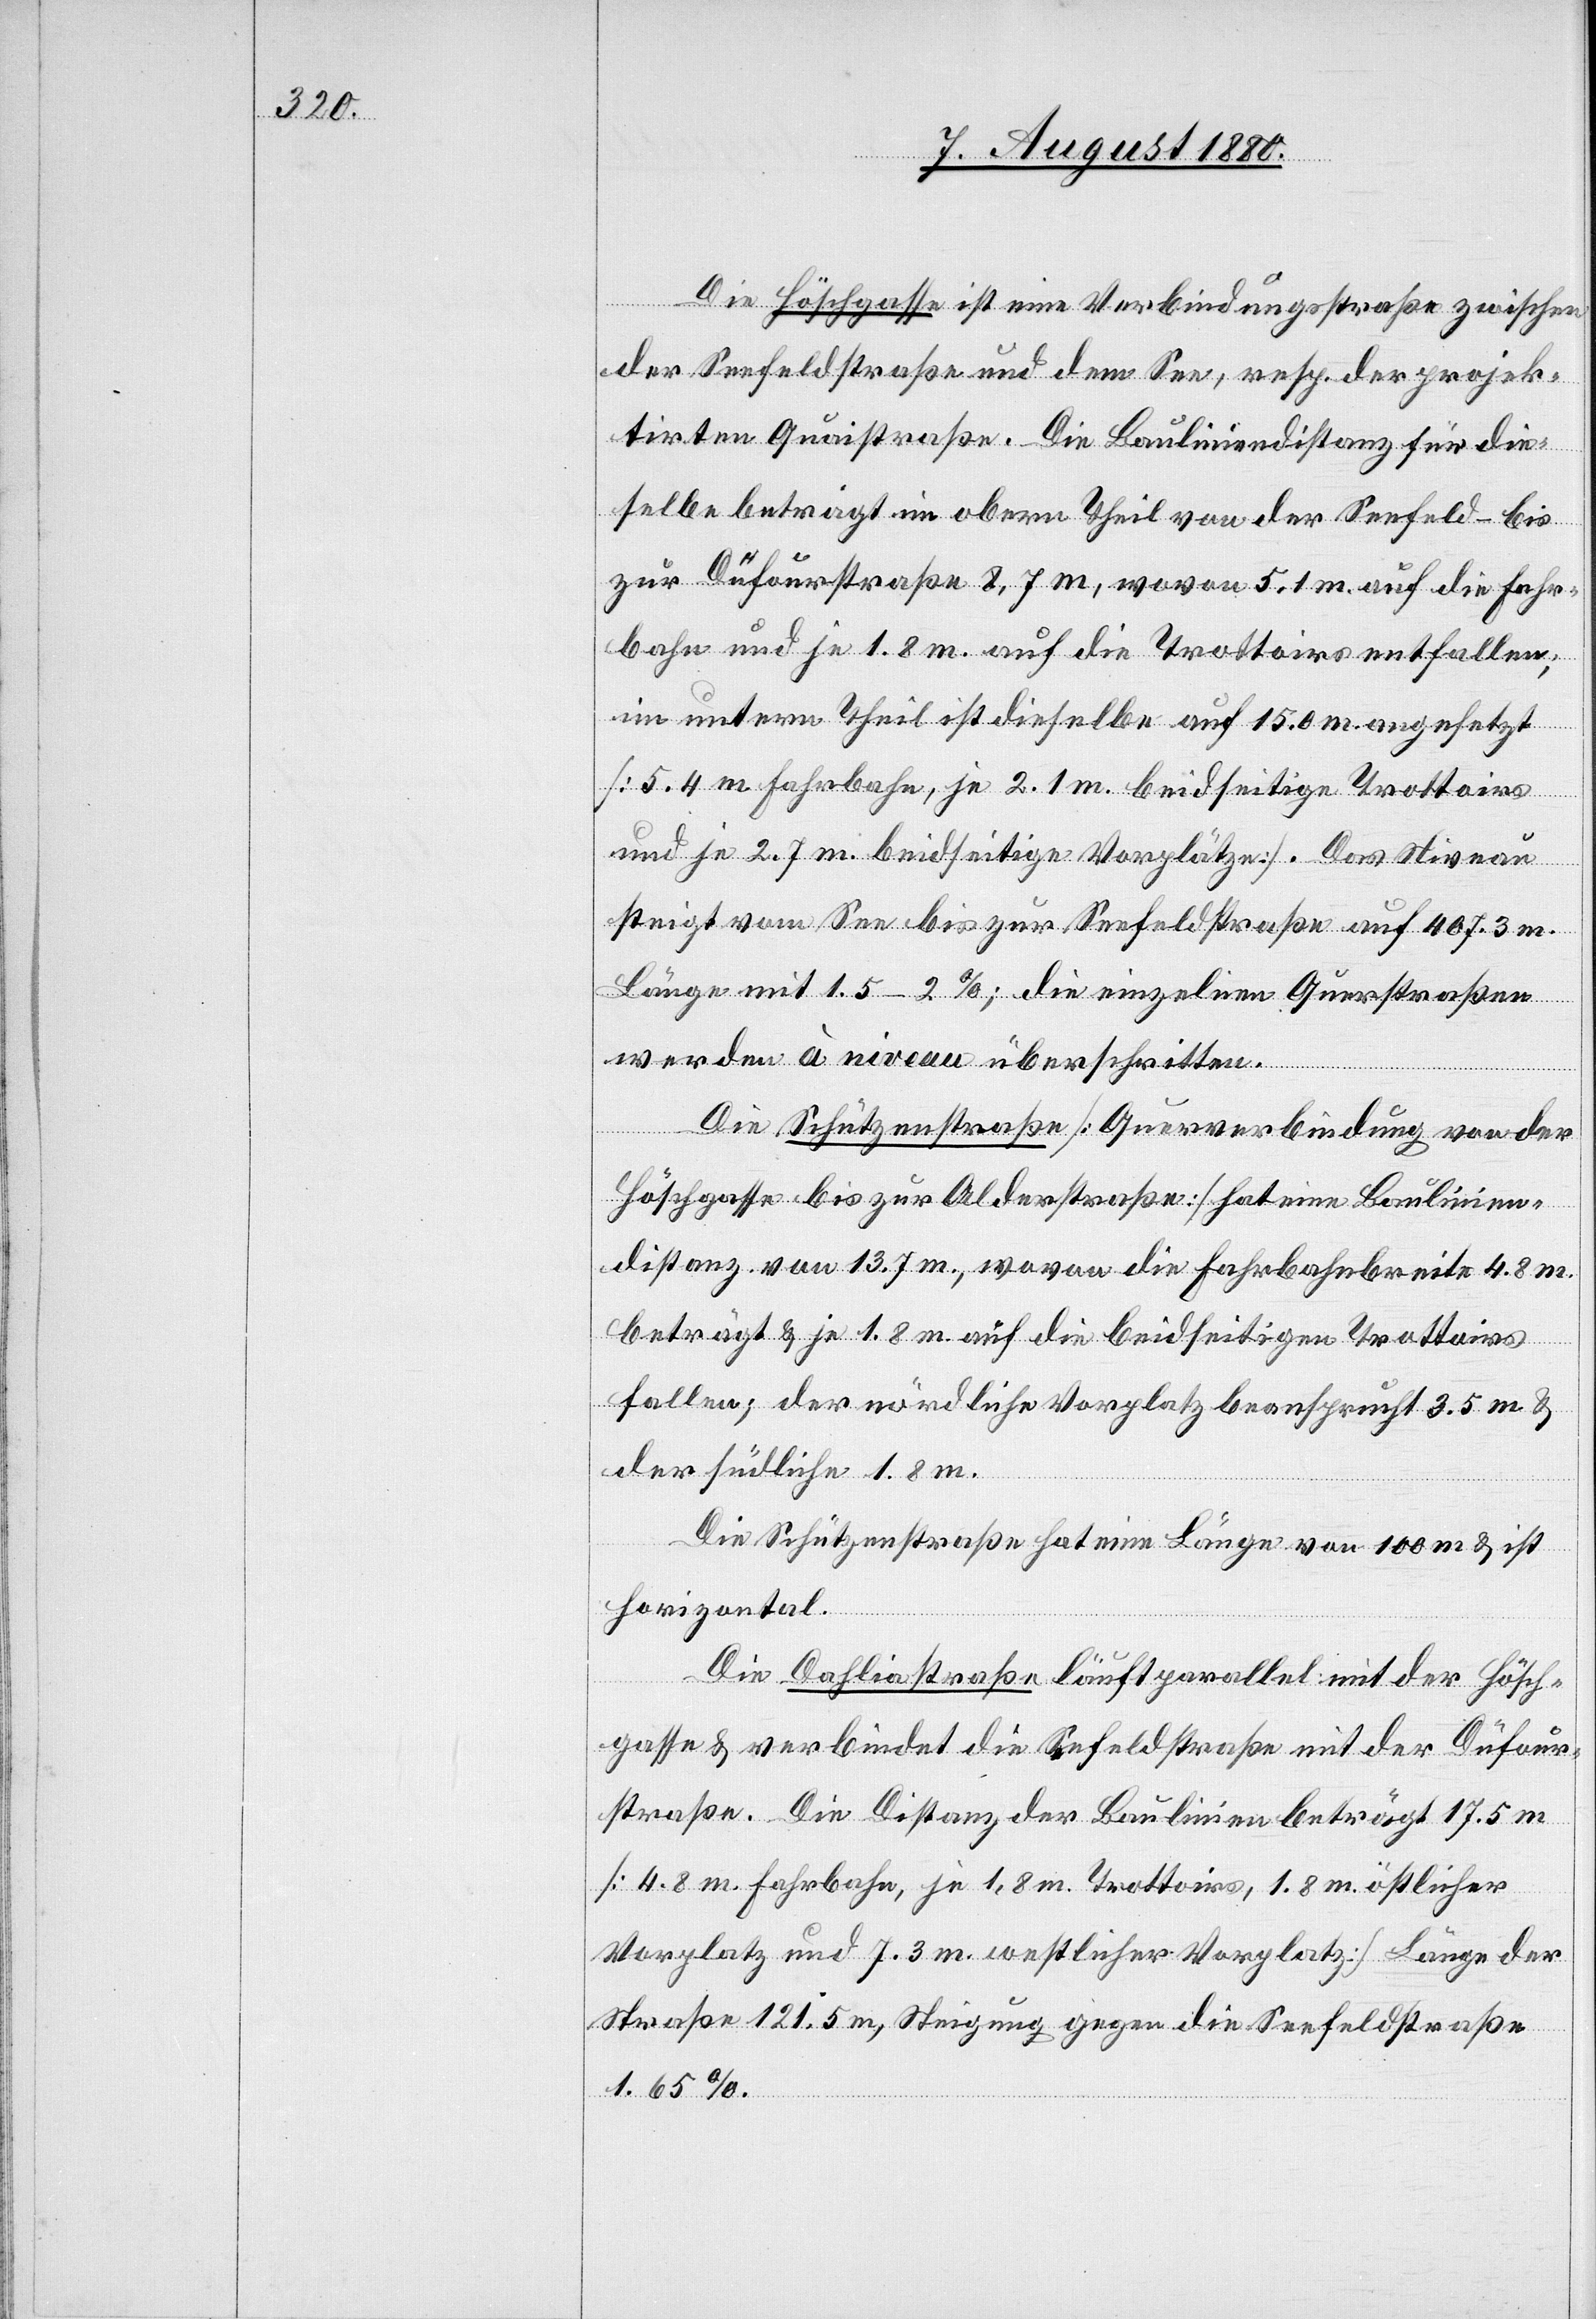
Die Höschgasse ist eine Verbindungsstraße zwischen
der Seefeldstraße und dem See, resp. der projek¬
tirten Quaistraße. Die Bauliniendistanz für die¬
selbe beträgt im obern Theil von der Seefeld- bis
zur Dufourstraße 8.7 m, wovon 5.1 m auf die Fahr¬
bahn und je 1.8 m auf die Trottoirs entfallen;
im unteren Theil ist dieselbe auf 15.0 m angesetzt
[5.4 m Fahrbahn, je 2.1 m beidseitige Trottoirs
und je 2.7 m beidseitige Vorplätze]. Das Niveau
steigt vom See bis zur Seefeldstraße auf 407.3 m
Länge mit 1.5–2 &, die einzelnen Querstraßen
werden à niveau überschritten.
Die Schützenstraße [Querverbindung von der
Höschgasse bis zu Alderstraße] hat eine Baulinien¬
distanz von 13.7 m, wovon die Fahrbahnbreite 4.8 m
beträgt & je 1.8 m auf die beidseitigen Trottoirs
fallen; der nördliche Vorplatz beansprucht 3.5 m &
der südliche 1.8 m.
Die Schützenstraße hat eine Länge von 100 m & ist
horizontal.
Die Dahliastraße läuft parallel mit der Hösch¬
gasse & verbindet die Seefeldstraße mit der Dufour¬
straße. Die Distanz der Baulinien beträgt 17.5 m
[4.8 Fahrbahn, je 1.8 m Trottoirs, 1.8 m östlicher
Vorplatz und 7.3 m westlicher Vorplatz] Länge der
Straße 121.5 m, Steigung gegen die Seefeldstraße